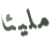
مليئا